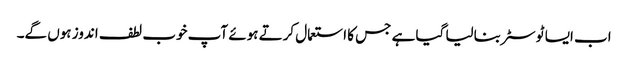
اب ایسا ٹوسٹر بنالیا گیا ہے جس کا استعمال کرتے ہوئے آپ خوب لطف اندوز ہوں گے۔